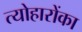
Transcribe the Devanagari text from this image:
त्योहारोंका